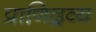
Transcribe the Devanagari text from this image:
प्राणिद्रव्य